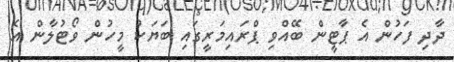
ދާދި ފަހުން އެ ޕާޓީން ބޭއްވި ޕްރައިމަރީގައި ބަޔަކު މީހުން ވޯޓުލާން އެ